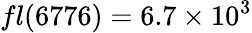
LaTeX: fl(6776)=6.7\times 10^{3}